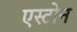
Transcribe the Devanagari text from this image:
एस्टोन